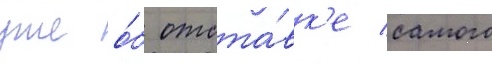
уже о́б отста́вк'е самого